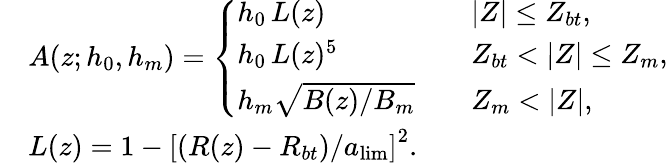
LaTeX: \begin{array}{rl}&{A(z;h_{0},h_{m})=\left\{ \begin{array}{ll}{h_{0}\, L(z)\quad}&{\left|Z\right|\leq Z_{bt},}\\ {h_{0}\, L(z)^{5}\quad}&{Z_{bt}<\left|Z\right|\leq Z_{m},}\\ {h_{m}\sqrt{B(z)/B_{m}}\quad}&{Z_{m}<\left|Z\right|,}\end{array}\right.}\\ &{L(z)=1-\left[\left(R(z)-R_{bt}\right)/a_{\mathrm{lim}}\right]^{2}.}\end{array}